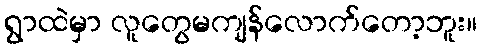
ရွာထဲမှာ လူတွေမကျန်လောက်တော့ဘူး။